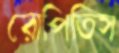
রোপিতিস